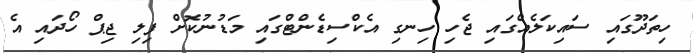
ހިތަދޫގައި ސައިކަލެއްގައި ޖެހި ހިނގި އެކްސިޑެންޓްގައި މަޑުނުކޮށް ފިލި ޖިޕް ހޯދައި އެ